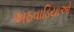
અઠવાડિયાઓ